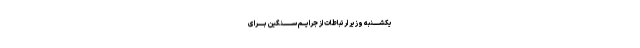
یکشــــــنبه وزیر ارتباطات از جرایــــم ســـــــــنگین بــــــرای